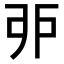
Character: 戼